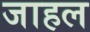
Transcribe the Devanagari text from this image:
जाहल